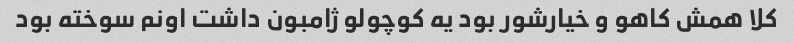
کلا همش کاهو و خیارشور بود یه کوچولو ژامبون داشت اونم سوخته بود